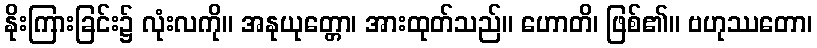
နိုးကြားခြင်း၌ လုံးလကို။ အနုယုတ္တော၊ အားထုတ်သည်။ ဟောတိ၊ ဖြစ်၏။ ဗဟုဿတော၊